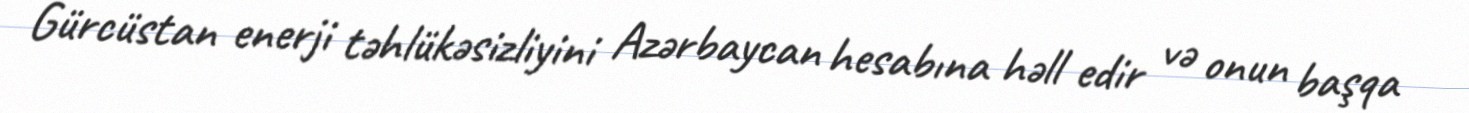
Gürcüstan enerji təhlükəsizliyini Azərbaycan hesabına həll edir və onun başqa